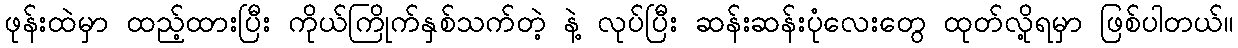
ဖုန်းထဲမှာ ထည့်ထားပြီး ကိုယ်ကြိုက်နှစ်သက်တဲ့ နဲ့ လုပ်ပြီး ဆန်းဆန်းပုံလေးတွေ ထုတ်လို့ရမှာ ဖြစ်ပါတယ်။